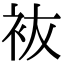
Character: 䘠